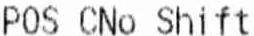
POS CNO SHIFT